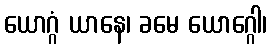
ယောဂ္ဂံ ယာနေ၊ ခမေ ယောဂ္ဂေါ၊